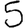
Digit: 5